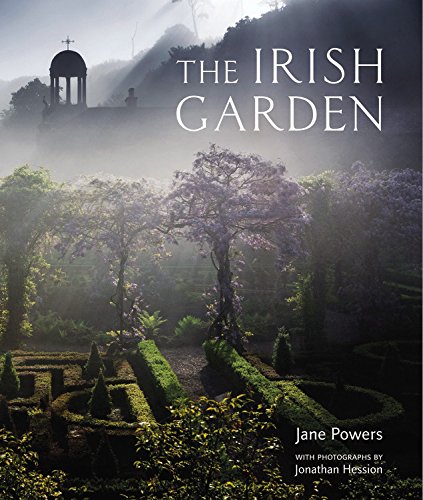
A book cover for The Irish Garden; Jane Powers; Crafts, Hobbies & Home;